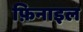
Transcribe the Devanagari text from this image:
फ़िनाइल